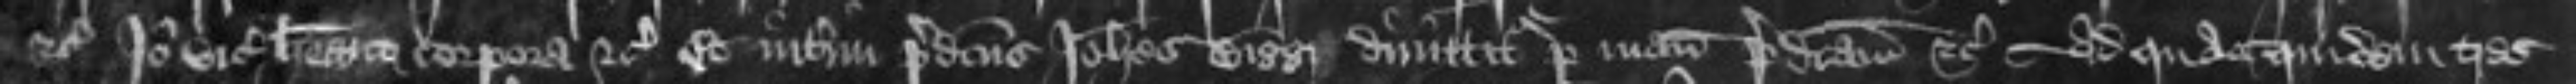
etc Ideo vicecomites habeant corpora etc Et interim predictus Johannes Bigg dimittitur per manum predictam etc ad quas quidem tres